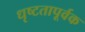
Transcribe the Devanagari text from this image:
धृष्टतापूर्वक